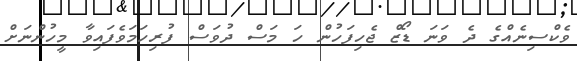
ވެކްސިނެއްގެ ދެ ވަނަ ޑޯޒް ޖެހިފަހުން ހަ މަސް ދުވަސް ފުރިހަމަވެފައިވާ މީހުންނަށް